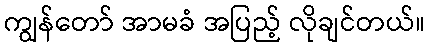
ကျွန်တော် အာမခံ အပြည့် လိုချင်တယ်။